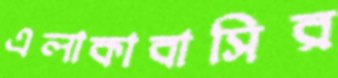
এলাকাবাসির